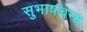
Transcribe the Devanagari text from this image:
सुभाषचन्द